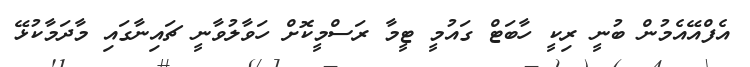
އެފްއޭއެމުން ބުނީ ރިކީ ހާބަޓް ގައުމީ ޓީމާ ރަސްމީކޮށް ހަވާލުވާނީ ޗައިނާގައި މާދަމާކުޅޭ